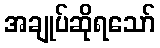
အချုပ်ဆိုရသော်